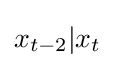
x_{t-2}|x_{t}